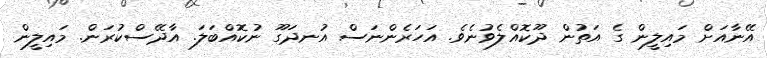
އޭނާއަށް މައިލީން ގެ އަތުން ދޫކޮއްލެވުނެވެ. އަހަރެންނަސް އުނދަގޫ ނުކޮއްބަލަ. އާދޭސްކުރަން. މައިލީން